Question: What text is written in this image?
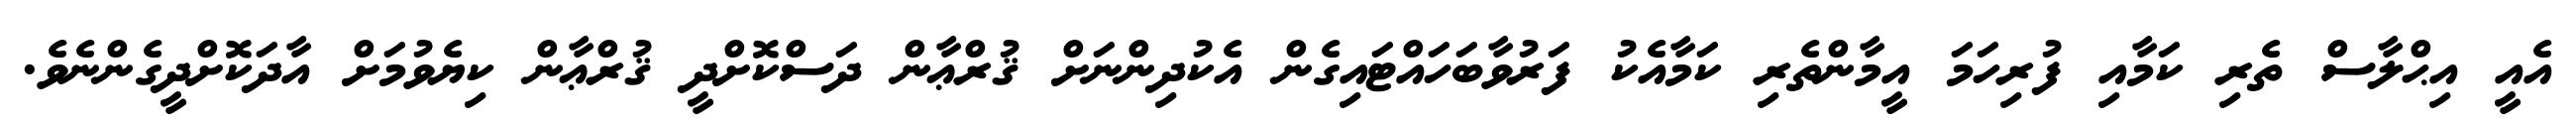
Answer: އެއީ އިޙްލާސް ތެރި ކަމާއި ފުރިހަމަ އީމާންތެރި ކަމާއެކު ފަރުވާބަހައްޓައިގެން އެކުދިންނަށް ޤުރްޢާން ދަސްކޮށްދީ ޤުރްޢާން ކިޔެވުމަށް އާދަކޮށްދީގެންނެވެ.